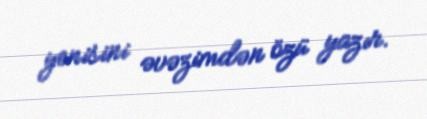
yenisini əvəzimdən özü yazır.